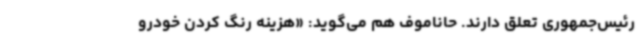
رئیس‌جمهوری تعلق دارند. حاناموف هم می‌گوید: «هزینه رنگ کردن خودرو